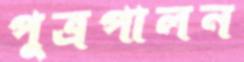
পুত্রপালন